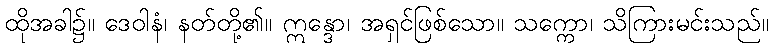
ထိုအခါ၌။ ဒေဝါနံ၊ နတ်တို့၏။ ဣန္ဒော၊ အရှင်ဖြစ်သော။ သက္ကော၊ သိကြားမင်းသည်။